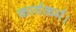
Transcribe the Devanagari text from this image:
कार्यकर्म।